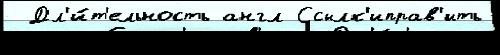
 Дл'и́т'ельность англ Ссылк'иправ'ить